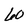
Character: 4